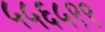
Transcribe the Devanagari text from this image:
५५६५९९